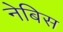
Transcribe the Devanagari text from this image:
नेबिस